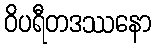
ဝိပရီတဒဿနော